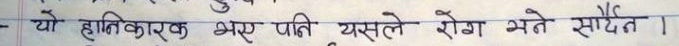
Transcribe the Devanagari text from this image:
- यो हानिकारक भए पनि यसले रोग भने सैदैन।